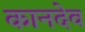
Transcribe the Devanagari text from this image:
कानदेव